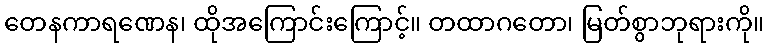
တေနကာရဏေန၊ ထိုအကြောင်းကြောင့်။ တထာဂတော၊ မြတ်စွာဘုရားကို။